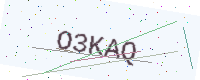
Text: O3KAQ